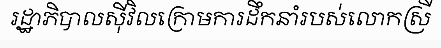
រដ្ឋាភិបាលស៊ីវិលក្រោមការដឹកនាំរបស់លោកស្រី